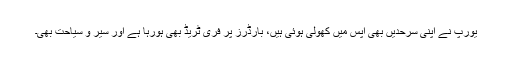
یورپ نے اپنی سرحدیں بھی آپس میں کھولی ہوئی ہیں، بارڈرز پر فری ٹریڈ بھی ہورہا ہے اور سیر و سیاحت بھی۔